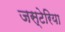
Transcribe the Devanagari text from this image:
जस्टेरिया